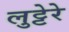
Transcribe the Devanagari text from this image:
लुट्टेरे